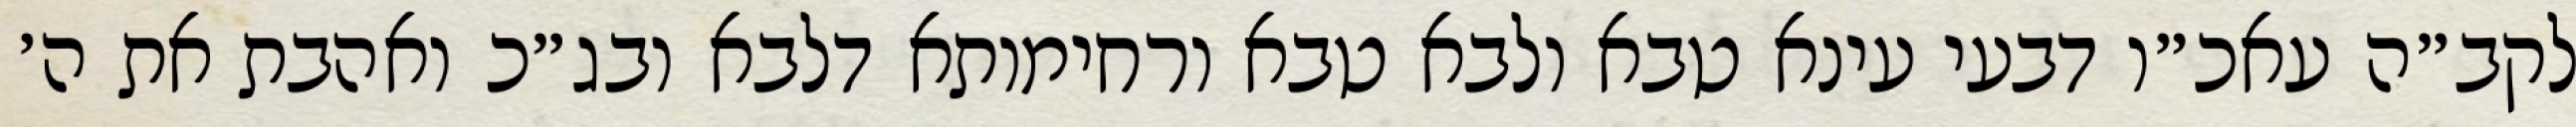
לקב״ה עאכ״ו דבעי עינא טבא ולבא טבא ורחימותא דלבא ובג״כ ואהבת את ה׳